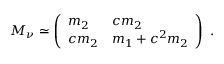
M _ { \nu } \simeq \left( \begin{array} { l l } { { m _ { 2 } } } & { { c m _ { 2 } } } \\ { { c m _ { 2 } } } & { { m _ { 1 } + c ^ { 2 } m _ { 2 } } } \end{array} \right) \ .